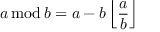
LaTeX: a \, \mathrm { m o d } \, b = a - b \left\lfloor { \frac { a } { b } } \right\rfloor